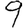
Digit: 9